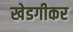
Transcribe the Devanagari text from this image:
खेडगीकर